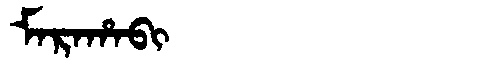
Manchu: ᠮᠠᡵᠠᡥᠠᠪᡳ
Romanization: MARAHABI